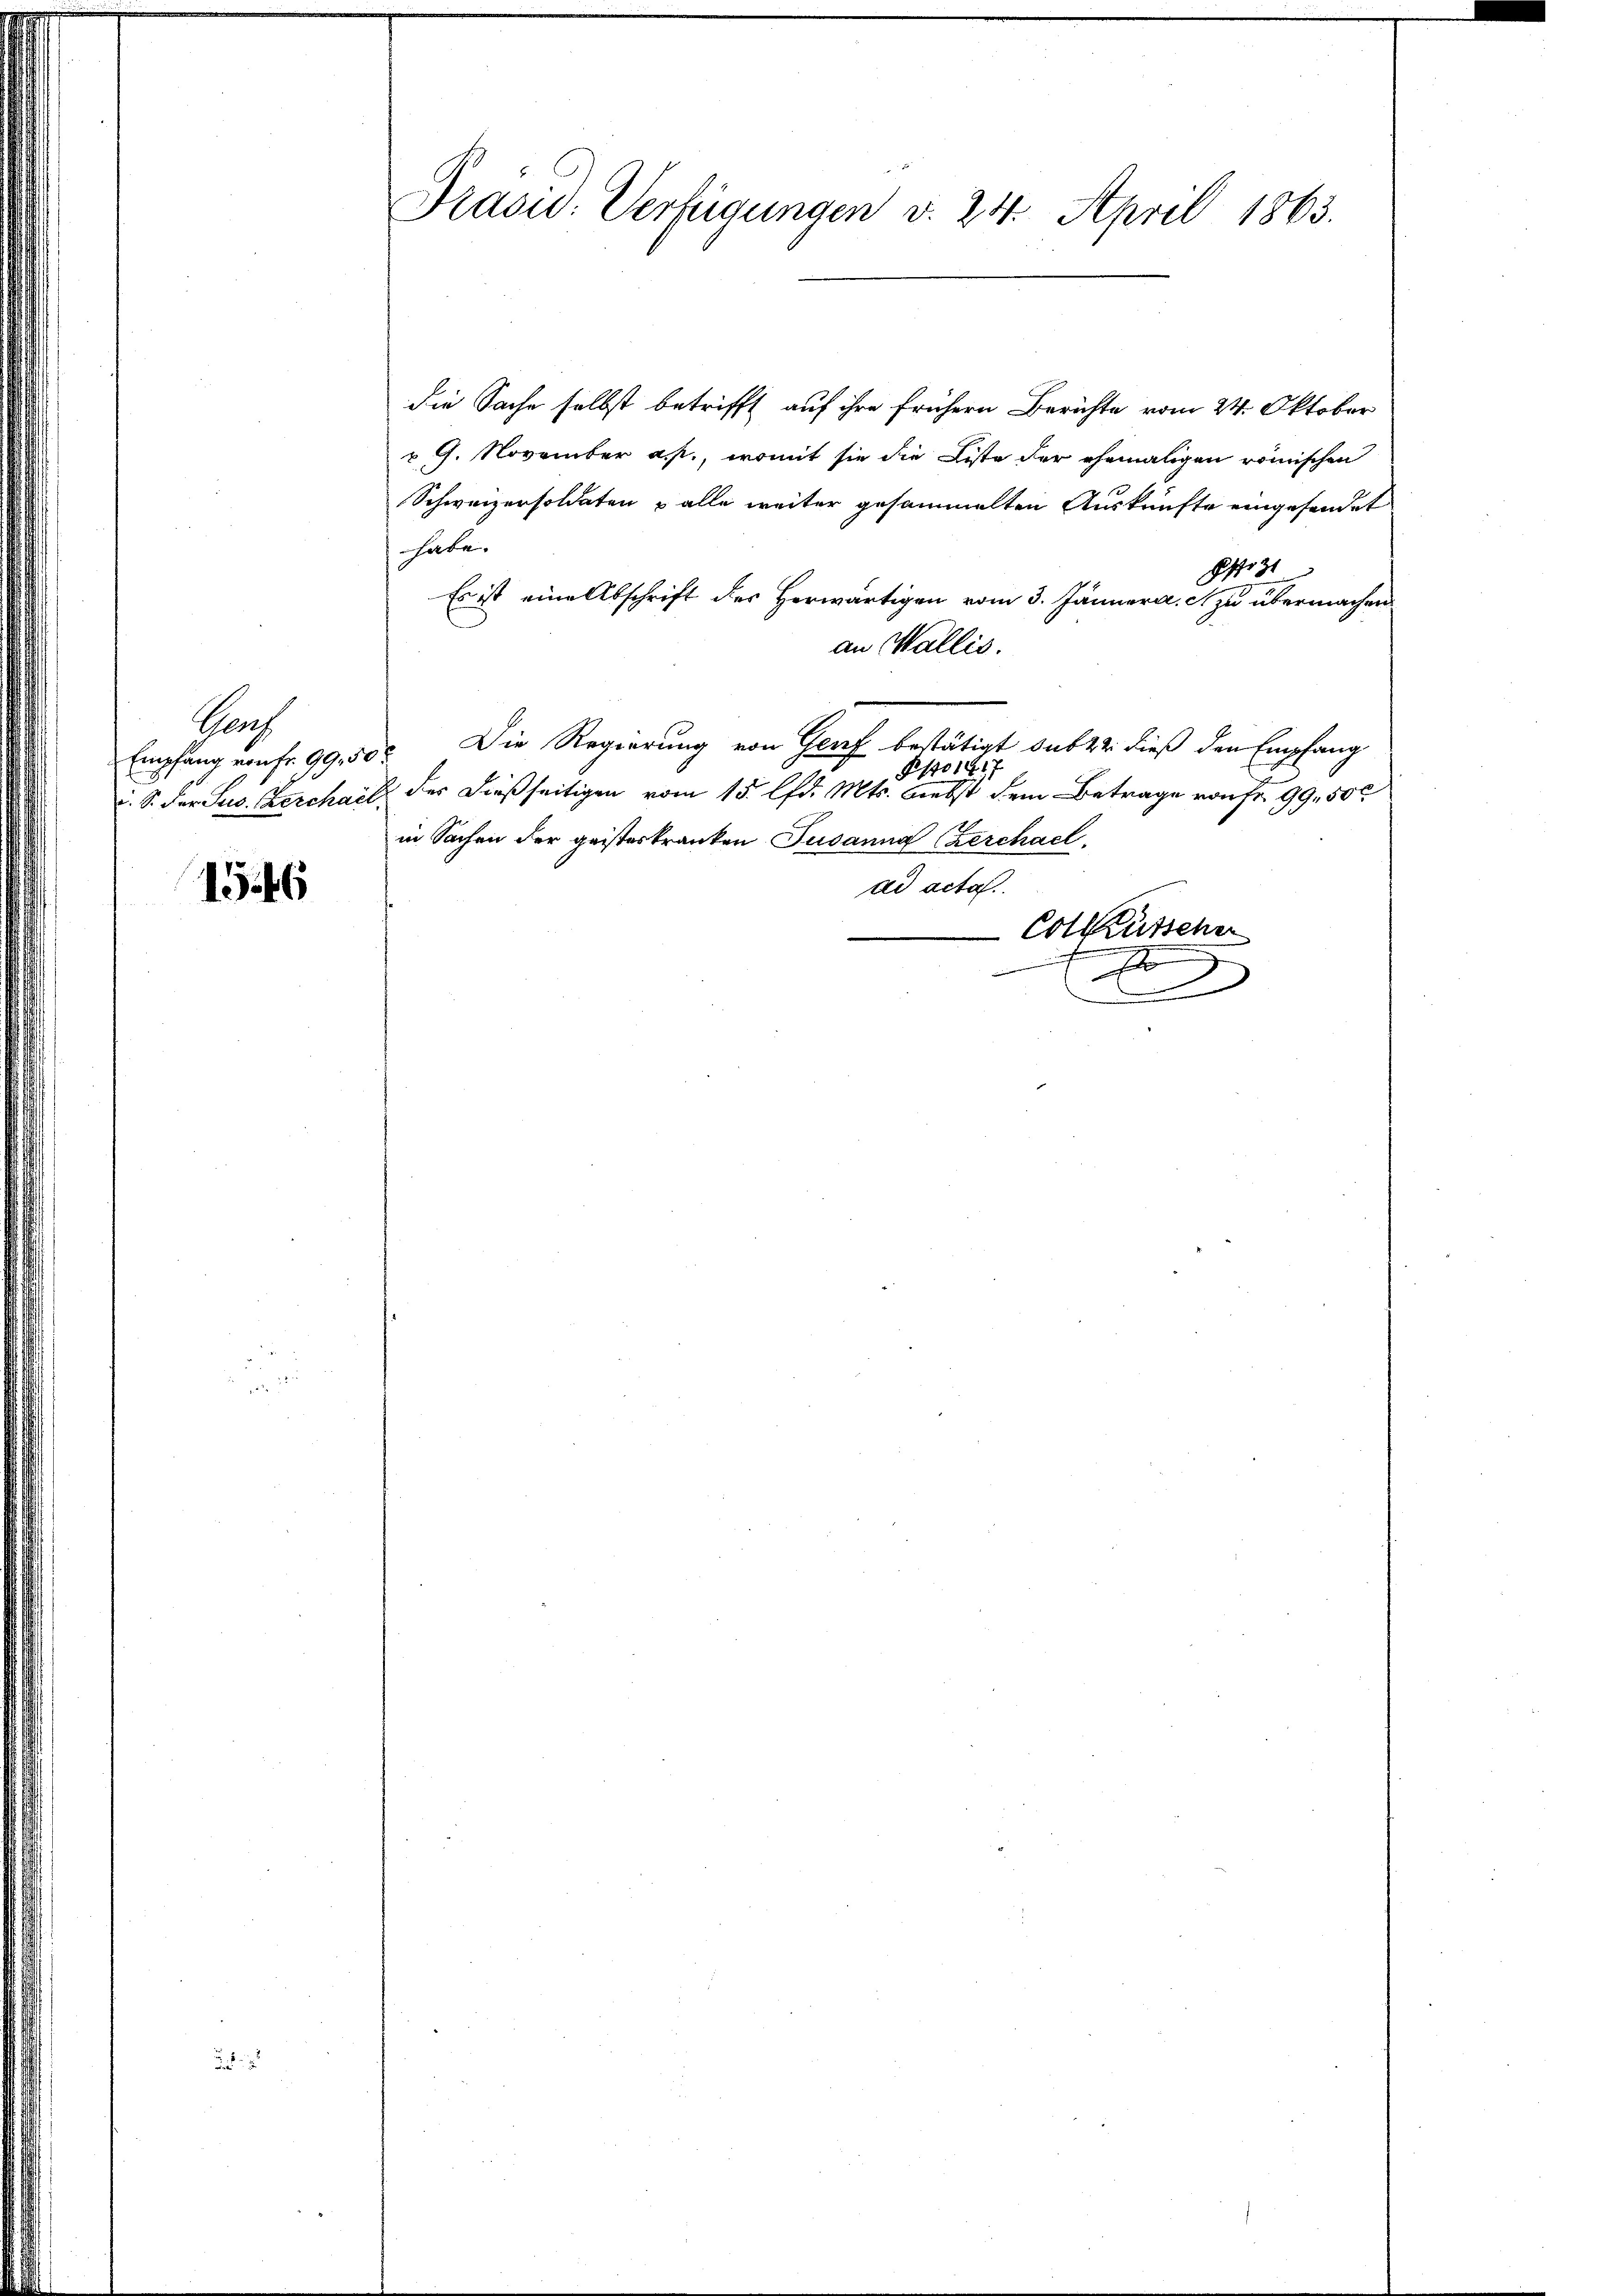
Pach
Empfang von fr. 99, 50

1546

Präsid. Verfügungen v. 24. April 1863.

die Sache selbst betrifft auf ihre frühern Berichte vom 24. Oktober
v. 9. November a. p., womit sie die Liste der ehemaligen römischen
Schweizersoldaten & alle weiter gesammelten Auskünfte eingesendet
habe.
Osz
Es ist eine Abschrift des Herwärtigen vom 3. Jänner a. zu übermachen
an Wallis.
 Die Regierung von Genf bestätigt sub 22. dieß den Empfang
Ppro 1817
S. der Sus. Berchail der dießseitigen vom 15. lfd. Mts. Liebst dem Betrage von Fr. 99, 500
in Sachen der geisteskranken Susanna (Zerchael
ad acta.
Colküssener

x
2